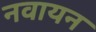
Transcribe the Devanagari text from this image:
नवायन